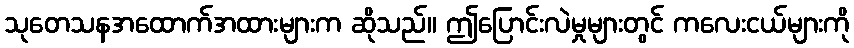
သုတေသနအထောက်အထားများက ဆိုသည်။ ဤပြောင်းလဲမှုများတွင် ကလေးငယ်များကို